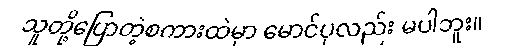
သူတို့ပြောတဲ့စကားထဲမှာ မောင်ပုလည်း မပါဘူး။